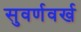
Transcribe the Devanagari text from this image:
सुवर्णवर्ख